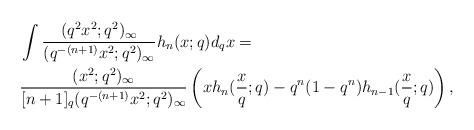
LaTeX: \begin{align*} &\int \frac{(q^2x^2;q^2)_\infty}{(q^{-(n+1)}x^2;q^2)_\infty} h_n(x;q) d_qx= \\& \frac{ (x^2;q^2)_\infty}{[n+1]_q(q^{-(n+1)}x^2;q^2)_\infty}\left( x h_n(\frac{x}{q};q)- q^{n} (1-q^n) h_{n-1}(\frac{x}{q};q)\right), \end{align*}